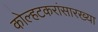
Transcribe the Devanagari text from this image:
कोल्हटकरांसारख्या